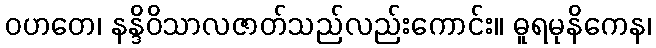
ဝဟတေ၊ နန္ဒိဝိသာလဇာတ်သည်လည်းကောင်း။ ဓူရမုနိကေန၊